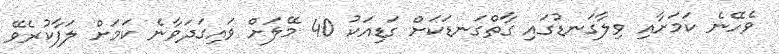
ވެހޭނެ ކަމަށާއި ވިލާގަނޑުގައި ގާތްގަނޑަކަށް ގަޑިއަކު 40 މޭލަށް ވައިގަދަވާނެ ކަމަށް ލަފާކުރެވޭ